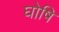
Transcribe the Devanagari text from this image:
घोषि